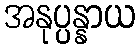
အနုပ္ပန္နာယ